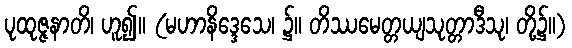
ပုထုဇ္ဇနာတိ၊ ဟူ၍။ (မဟာနိဒ္ဒေသေ၊ ၌။ တိဿမေတ္တယျသုတ္တာဒီသု၊ တို့၌။)